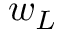
w _ { L }